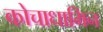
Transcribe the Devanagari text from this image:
कोचाधामिन